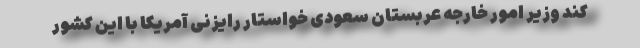
کند وزیر امور خارجه عربستان سعودی خواستار رایزنی آمریکا با این کشور